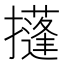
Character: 𢸚